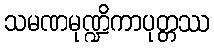
သမဏမုဏ္ဍိကာပုတ္တဿ